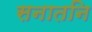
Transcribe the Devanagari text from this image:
सनातनि